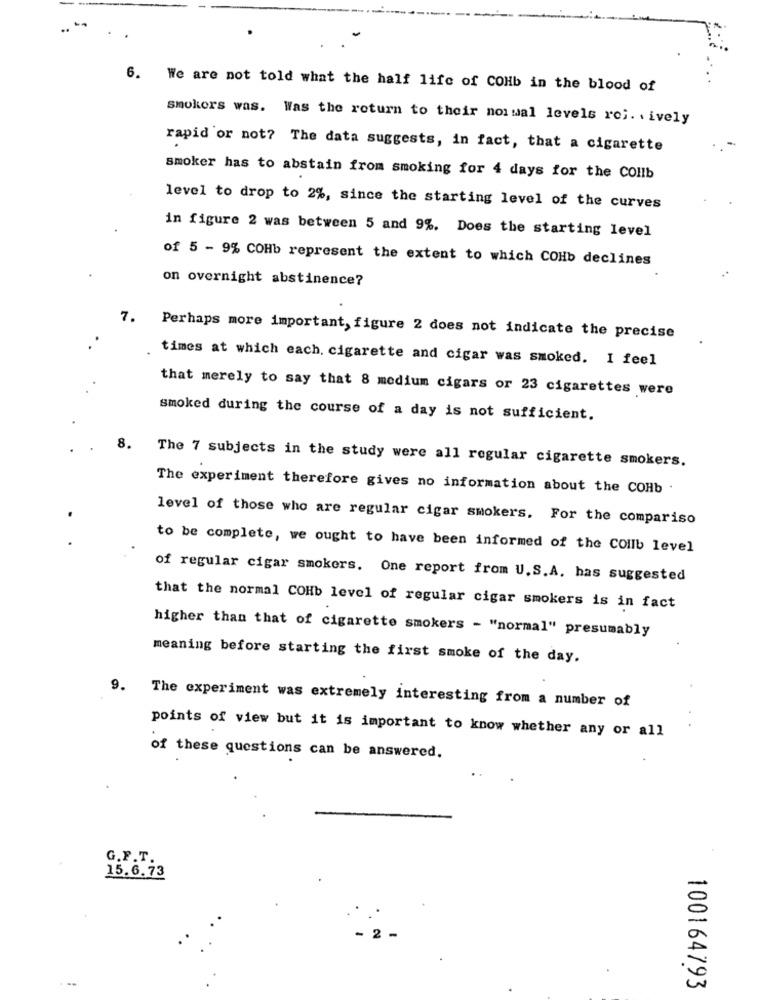
6. We are not told what the half life of COHb in the blood of
smokers was. Was the return to their normal levels roi. ively
rapid or not? The data suggests, in fact, that a cigarette
smoker has to abstain from smoking for 4 days for the COllb
level to drop to 2%, since the starting level of the curves
in figure 2 was between 5 and 9%. Does the starting level
of 5 - 9% COHb represent the extent to which COHb declines
on overnight abstinence?
7.
Perhaps more important, figure 2 does not indicate the precise
times at which each. cigarette and cigar was smoked. I feel
that merely to say that 8 medium cigars or 23 cigarettes were
smoked during the course of a day is not sufficient.
8.
The 7 subjects in the study were all regular cigarette smokers.
The experiment therefore gives no information about the COHb .
level of those who are regular cigar smokers. For the compariso
to be complete, we ought to have been informed of the Collb level
of regular cigar smokers. One report from U.S.A. has suggested
that the normal COHb level of regular cigar smokers is in fact
higher than that of cigarette smokers - "normal" presumably
meaning before starting the first smoke of the day.
9.
The experiment was extremely interesting from a number of
points of view but it is important to know whether any or all
.
of these questions can be answered.
G.F.T.
15.6.73
2
100164793